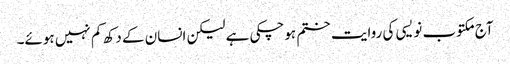
آج مکتوب نویسی کی روایت ختم ہوچکی ہے لیکن انسان کے دکھ کم نہیں ہوئے۔